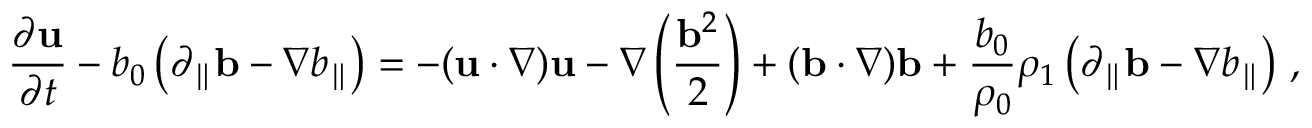
{ \frac { \partial { \bf u } } { \partial t } } - b _ { 0 } \left( \partial _ { \parallel } { \bf b } - \nabla b _ { \parallel } \right) = - ( { \bf u } \cdot \nabla ) { \bf u } - \nabla \left( \frac { { \bf b } ^ { 2 } } { 2 } \right) + ( { \bf b } \cdot \nabla ) { \bf b } + \frac { b _ { 0 } } { \rho _ { 0 } } \rho _ { 1 } \left( \partial _ { \parallel } { \bf b } - \nabla b _ { \parallel } \right) \, ,